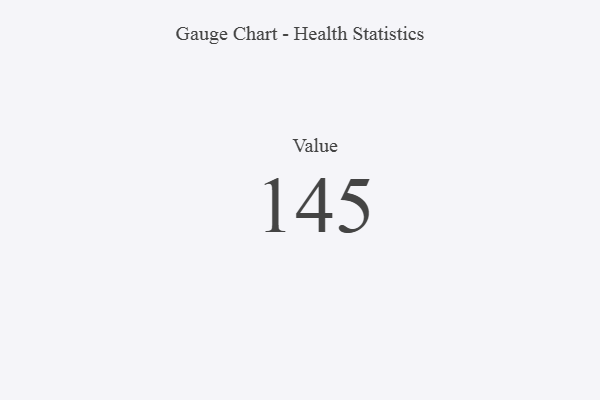
{"axis": {"x": "Metric", "y": "Value"}, "legend": [""], "data": [{"x": "Value", "y": 145, "type": ""}]}